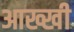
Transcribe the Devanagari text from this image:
आख्खी